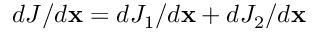
d J / d \mathbf x = d J _ { 1 } / d \mathbf x + d J _ { 2 } / d \mathbf x